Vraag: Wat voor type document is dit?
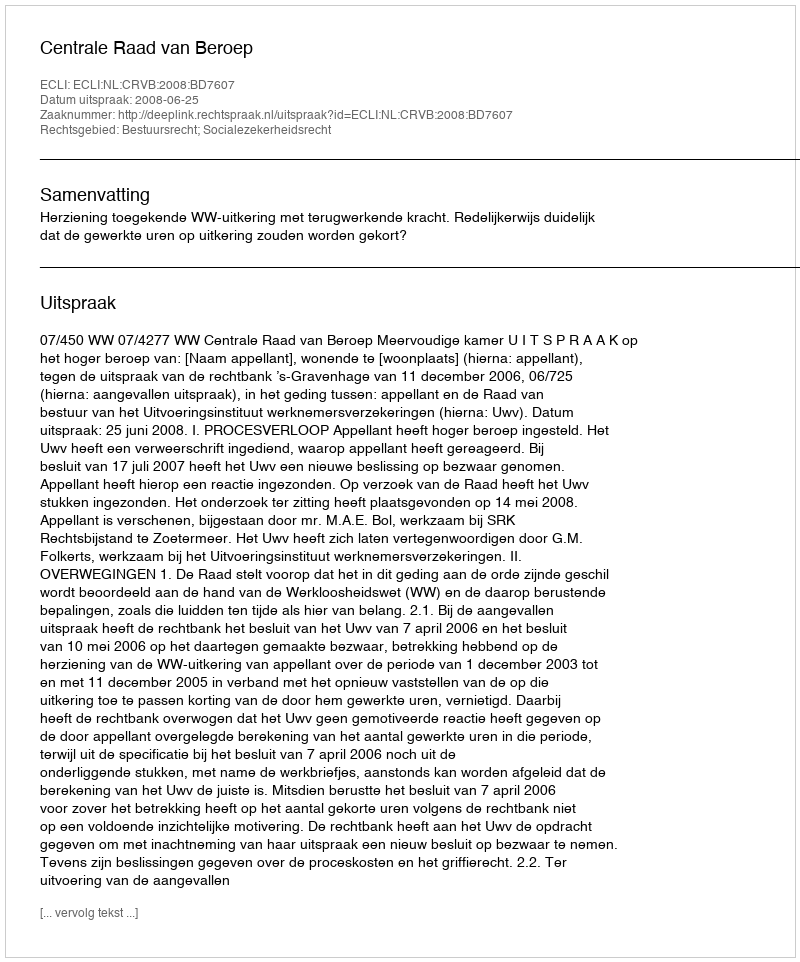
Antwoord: Uitspraak